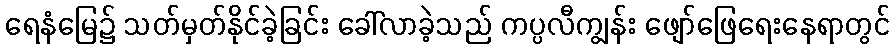
ရေနံမြေ၌ သတ်မှတ်နိုင်ခဲ့ခြင်း ခေါ်လာခဲ့သည် ကပ္ပလီကျွန်း ဖျော်ဖြေရေးနေရာတွင်